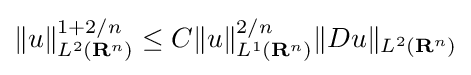
\|u\|_{L^{2}(\mathbf {R} ^{n})}^{1+2/n}\leq C\|u\|_{L^{1}(\mathbf {R} ^{n})}^{2/n}\|Du\|_{L^{2}(\mathbf {R} ^{n})}